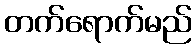
တက်ရောက်မည်